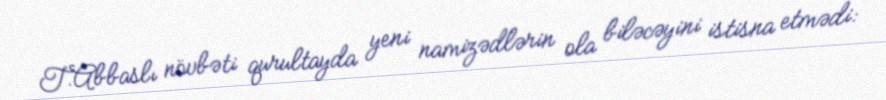
T.Abbaslı növbəti qurultayda yeni namizədlərin ola biləcəyini istisna etmədi: